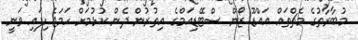
މުބާރާތުގެ މެޗްތައް އައްޑޫ ޒޯން ސްޓޭޑިއަމްގެ އިތުރުން ދެން ކުޅުމަށް ހަމަޖެހިފައި ވަނީ